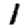
Digit: 1